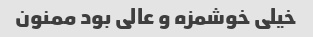
خیلی خوشمزه و عالی بود ممنون